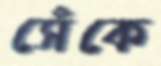
সেঁকে